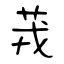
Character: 茙